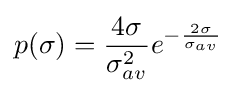
p(\sigma )={\frac {4\sigma }{\sigma _{av}^{2}}}e^{-{\frac {2\sigma }{\sigma _{av}}}}